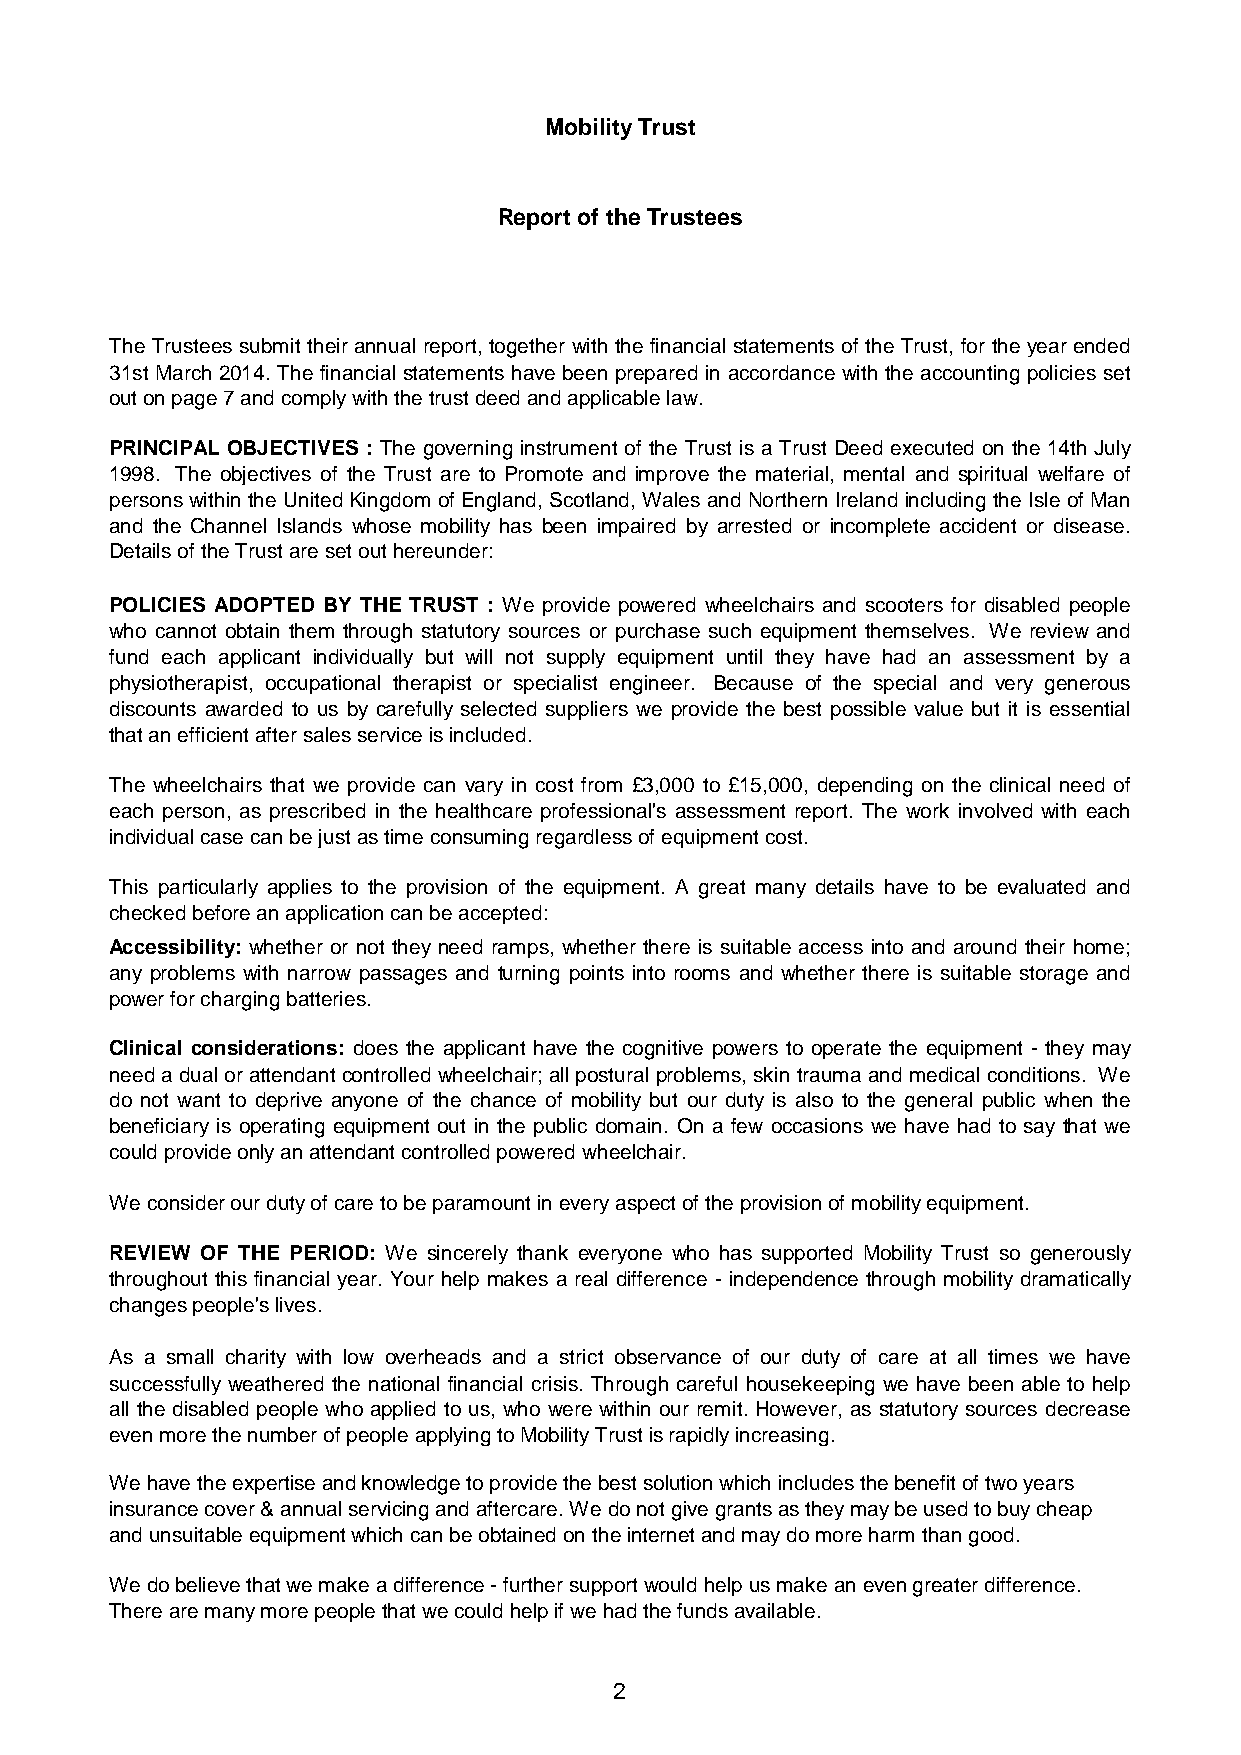
Mobility Trust
 Report of the Trustees
 The Trustees submit their annual report, together with the financial statements of the Trust, for the year ended
 31st March 2014. The financial statements have been prepared in accordance with the accounting policies set
 out on page 7 and comply with the trust deed and applicable law.
 PRINCIPAL OBJECTIVES : The governing instrument of the Trust is a Trust Deed executed on the 14th July
 1998. The objectives of the Trust are to Promote and improve the material, mental and spiritual welfare of
 persons withintheUnitedKingdom of England,Scotland,Wales andNorthern Ireland including theIsle of Man
 and the Channel Islands whose mobility has been impaired by arrested or incomplete accident or disease.
 Details of the Trust are set out hereunder:
 POLICIES ADOPTED BY THE TRUST : We provide powered wheelchairs and scooters for disabled people
 who cannot obtain them through statutory sources or purchase such equipment themselves. We review and
 fund each applicant individually but will not supply equipment until they have had an assessment by a
 physiotherapist, occupational therapist or specialist engineer. Because of the special and very generous
 discounts awarded to us by carefully selected suppliers we provide the best possible value but it is essential
 that an efficient after sales service is included.
 The wheelchairs that we provide can vary in cost from £3,000 to £15,000, depending on the clinical need of
 each person, as prescribed in the healthcare professional's assessment report. The work involved with each
 individual case can be just as time consuming regardless of equipment cost.
 This particularly applies to the provision of the equipment. A great many details have to be evaluated and
 checked before an application can be accepted:
 Accessibility: whether or not they need ramps, whether there is suitable access into and around their home;
 any problems with narrow passages and turning points into rooms and whether there is suitable storage and
 power for charging batteries.
 Clinical considerations: does the applicant have the cognitive powers to operate the equipment - they may
 needa dualor attendant controlledwheelchair; allposturalproblems, skin trauma andmedical conditions. We
 do not want to deprive anyone of the chance of mobility but our duty is also to the general public when the
 beneficiary is operating equipment out in the public domain. On a few occasions we have had to say that we
 could provide only an attendant controlled powered wheelchair.
 We consider our duty of care to be paramount in every aspect of the provision of mobility equipment.
 REVIEW OF THE PERIOD: We sincerely thank everyone who has supported Mobility Trust so generously
 throughout this financial year. Your help makes a real difference - independence through mobility dramatically
 changes people's lives.
 As a small charity with low overheads and a strict observance of our duty of care at all times we have
 successfully weathered the national financial crisis. Through careful housekeeping we have been able to help
 all the disabled people who applied to us, who were within our remit. However, as statutory sources decrease
 even more the number of people applying to Mobility Trust is rapidly increasing.
 We have the expertise and knowledge to provide the best solution which includes the benefit of two years
 insurance cover & annual servicing and aftercare. We do not give grants as they may be used to buy cheap
 and unsuitable equipment which can be obtained on the internet and may do more harm than good.
 We do believe that we make a difference - further support would help us make an even greater difference.
 There are many more people that we could help if we had the funds available.
 2